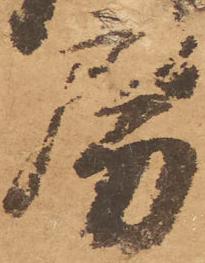
房